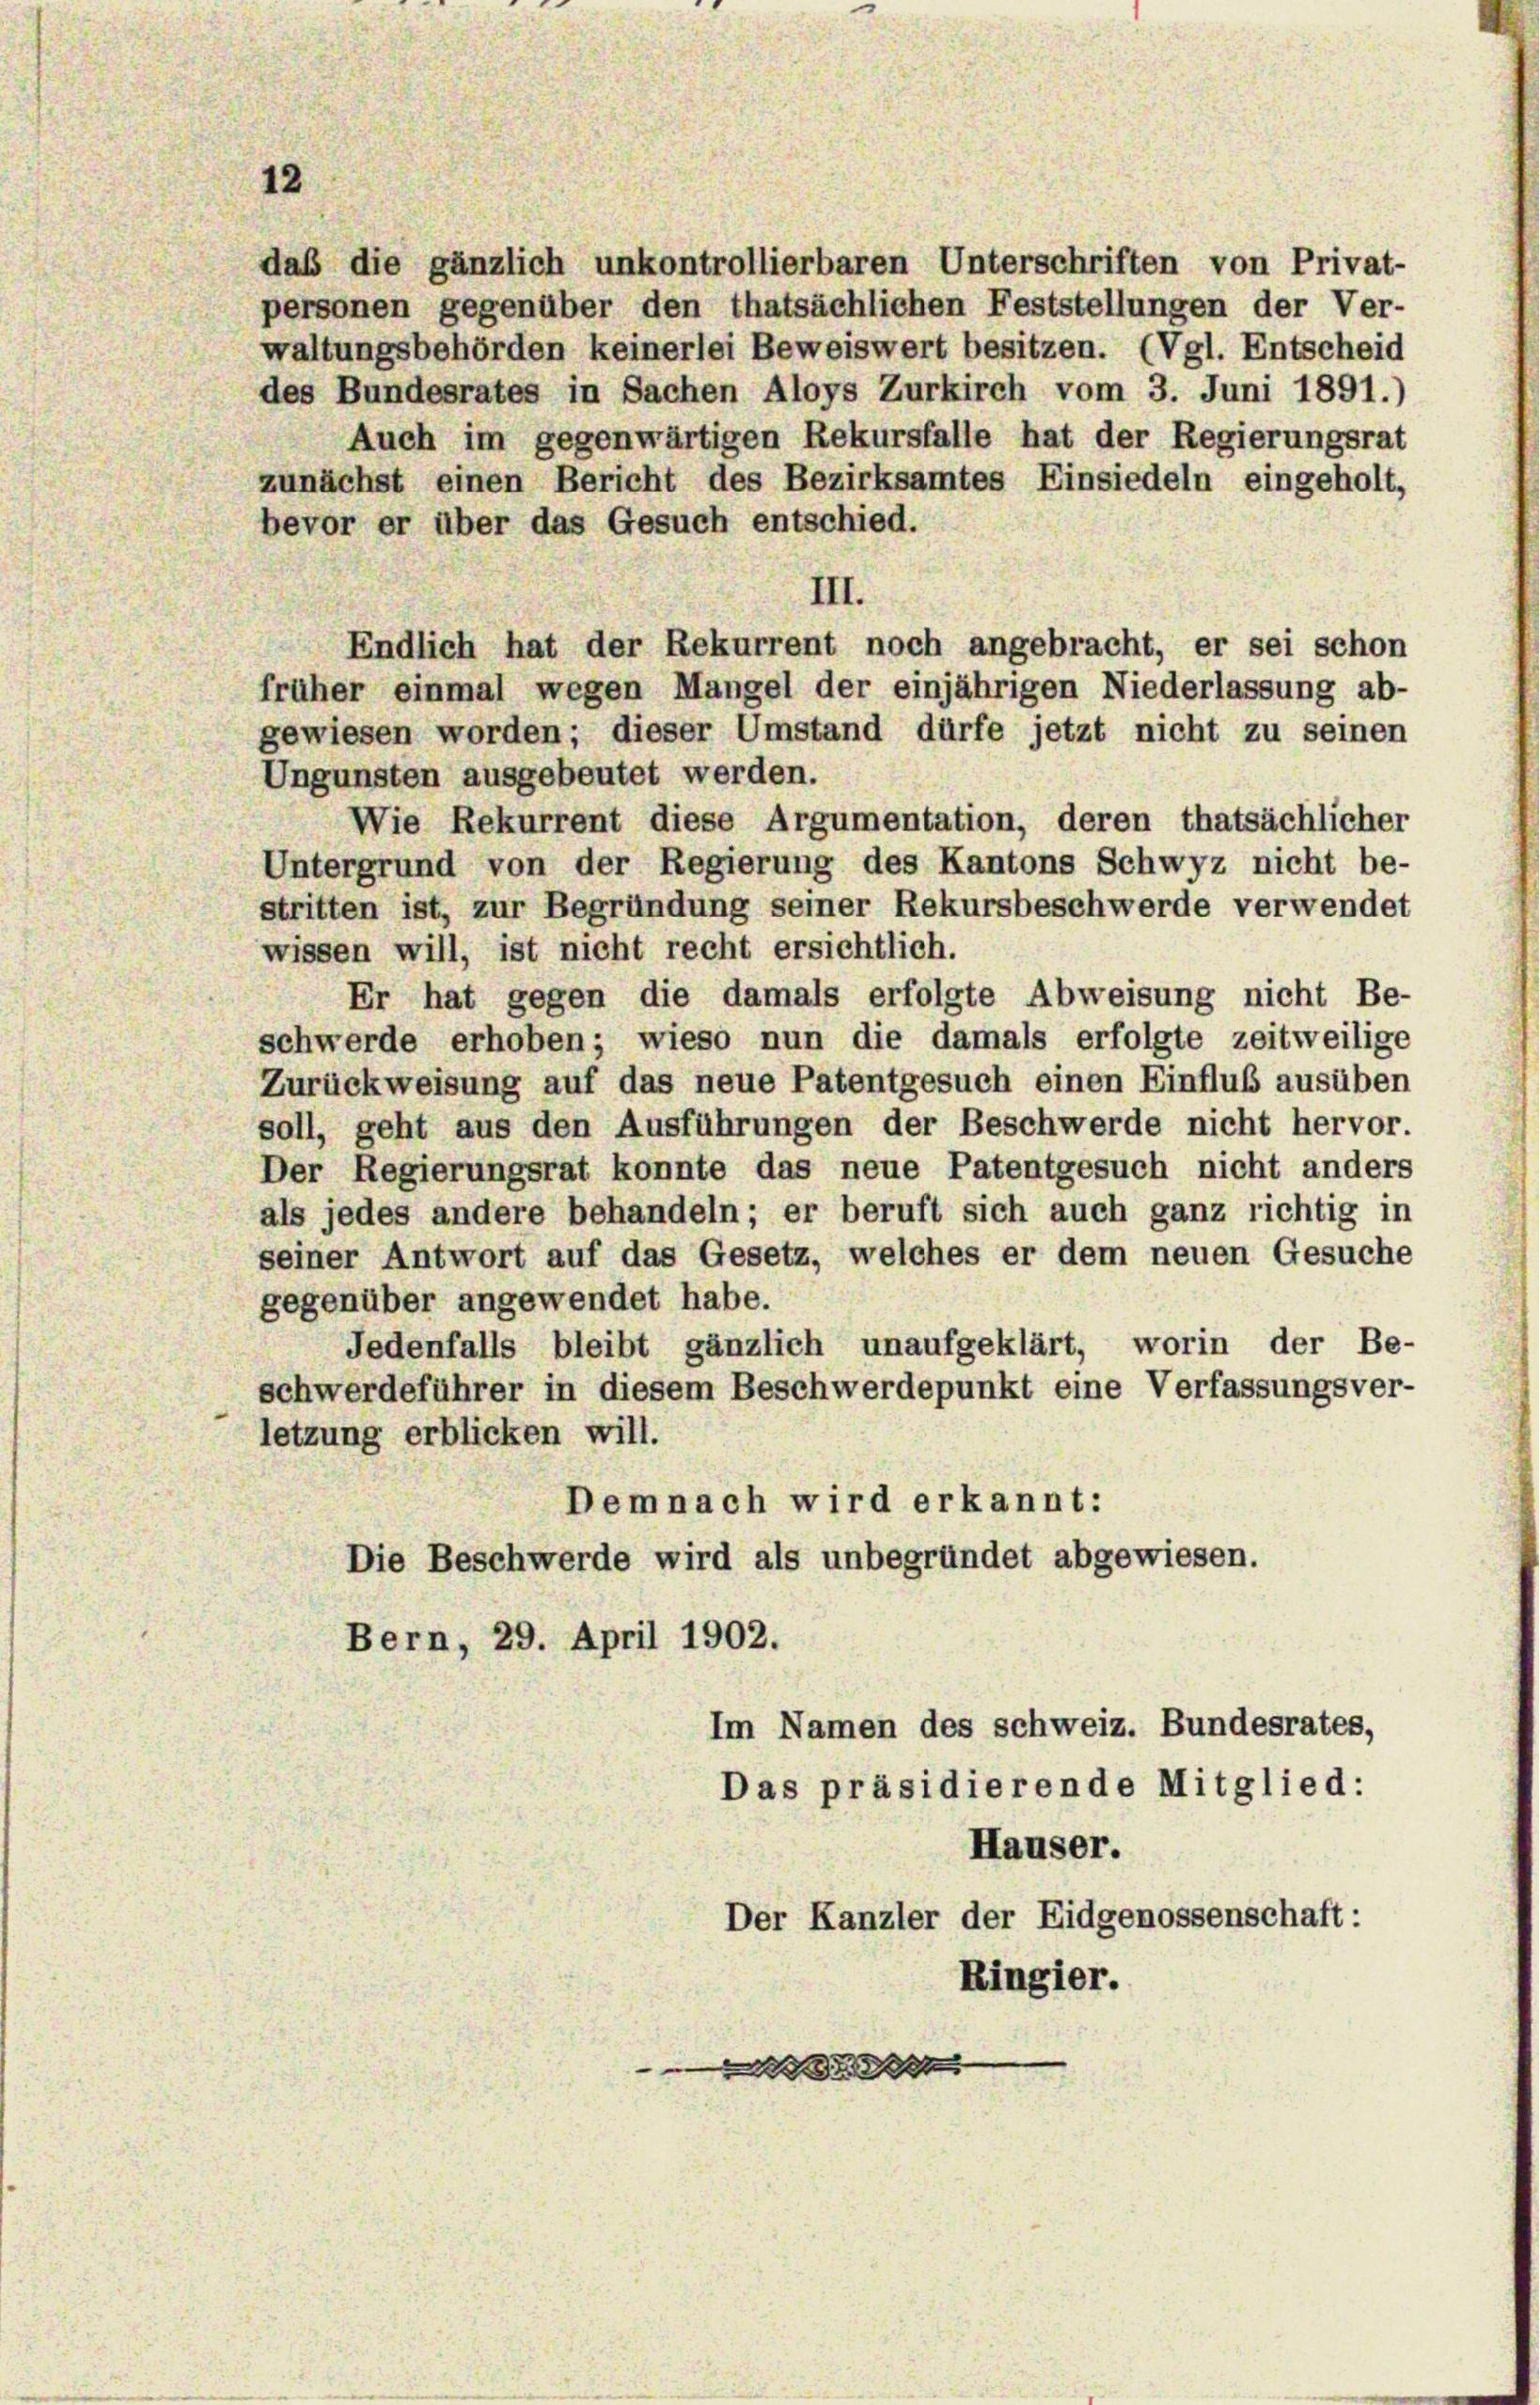
12

daß die gänzlich unkontrollierbaren Unterschriften von Privat-
personen gegenüber den thatsächlichen Feststellungen der Ver-

waltungsbehörden keinerlei Beweiswert besitzen. (Vgl. Entscheid
des Bundesrates in Sachen Aloys Zurkirch vom 3. Juni 1891.)
Auch im gegenwärtigen Rekursfalle hat der Regierungsrat
zunächst einen Bericht des Bezirksamtes Einsiedeln eingeholt,
bevor er über das Gesuch entschied.
III.
Endlich hat der Rekurrent noch angebracht, er sei schon
früher einmal wegen Mangel der einjährigen Niederlassung ab-
gewiesen worden; dieser Umstand dürfe jetzt nicht zu seinen
Ungunsten ausgebeutet werden.
Wie Rekurrent diese Argumentation, deren thatsächlicher
Untergrund von der Regierung des Kantons Schwyz nicht be-
stritten ist, zur Begründung seiner Rekursbeschwerde verwendet
wissen will, ist nicht recht ersichtlich.
Er hat gegen die damals erfolgte Abweisung nicht Be-
schwerde erhoben; wieso nun die damals erfolgte zeitweilige
Zurückweisung auf das neue Patentgesuch einen Einfluß ausüben
soll, geht aus den Ausführungen der Beschwerde nicht hervor.
Der Regierungsrat konnte das neue Patentgesuch nicht anders
als jedes andere behandeln; er beruft sich auch ganz richtig in
seiner Antwort auf das Gesetz, welches er dem neuen Gesuche
gegenüber angewendet habe.
Jedenfalls bleibt gänzlich unaufgeklärt, worin der Be-
schwerdeführer in diesem Beschwerdepunkt eine Verfassungsver-
letzung erblicken will.
Demnach wird erkannt:
Die Beschwerde wird als unbegründet abgewiesen.
Bern, 29. April 1902.
Im Namen des schweiz. Bundesrates,
Das präsidierende Mitglied:
Häuser.
Der Kanzler der Eidgenossenschaft:
Ringier.
 d